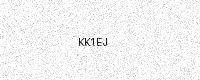
Text: KK1EJ